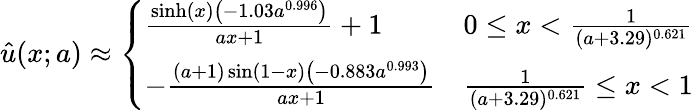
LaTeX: \hat{u}(x;a)\approx\left\{ \begin{array}{ll}{\frac{\sinh(x)\left(-1.03a^{0.996}\right)}{ax+1}+1}&{0\leq x<\frac{1}{(a+3.29)^{0.621}}}\\ {-\frac{(a+1)\sin(1-x)\left(-0.883a^{0.993}\right)}{ax+1}}&{\frac{1}{(a+3.29)^{0.621}}\leq x<1}\end{array}\right.